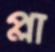
প্লা